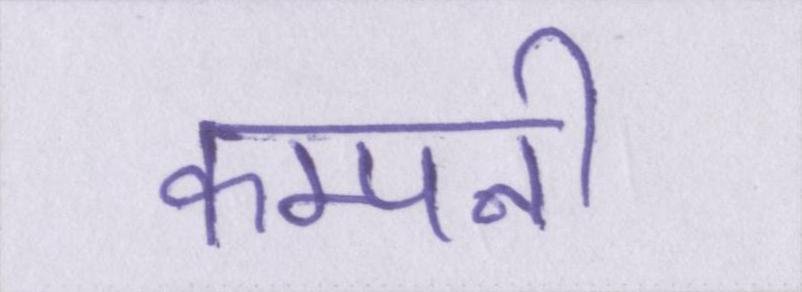
कम्पनी